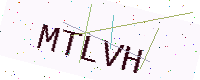
Text: MTLVH